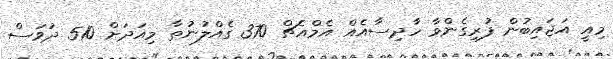
މިއީ އަޖައިބުން ފުރިގެންވާ ހާދިސާއެއް އެމްއެޗް 370 ގެއްލުނުތާ މިއަދަށް 510 ދުވަސް